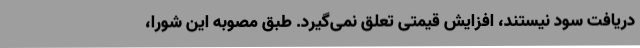
دریافت سود نیستند، افزایش قیمتی تعلق نمی‌گیرد. طبق مصوبه این شورا،